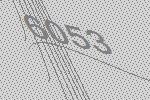
6053